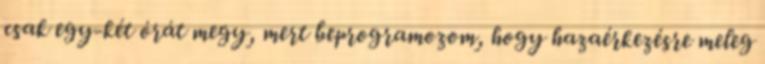
csak egy-két órát megy, mert beprogramozom, hogy hazaérkezésre meleg